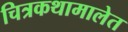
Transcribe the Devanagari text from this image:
चित्रकथामालेत